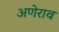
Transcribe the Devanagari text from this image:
अणेराव